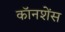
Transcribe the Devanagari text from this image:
कॉनशेंस